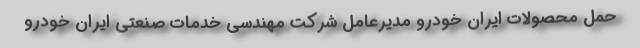
حمل محصولات ایران خودرو مدیرعامل شرکت مهندسی خدمات صنعتی ایران خودرو